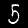
Digit: 5